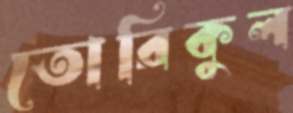
তোরিকুল